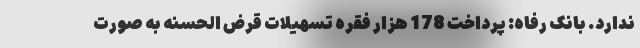
ندارد. بانک رفاه: پرداخت 178 هزار فقره تسهیلات قرض الحسنه به صورت